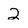
Character: 2